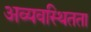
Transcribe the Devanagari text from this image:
अव्यवस्थितता